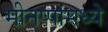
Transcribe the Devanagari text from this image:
मीनप्पांमध्ये